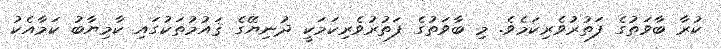
ކުރާ ބާވަތުގެ ފަތުރުވެރިކަމެވެ. މި ބާވަތުގެ ފަތުރުވެރިކަމަކީ ދުނިޔޭގެ ޤައުމުތަކުގައި ކާމިޔާބު ކަމާއެކު